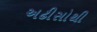
અઢીસોથી